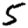
Digit: 5